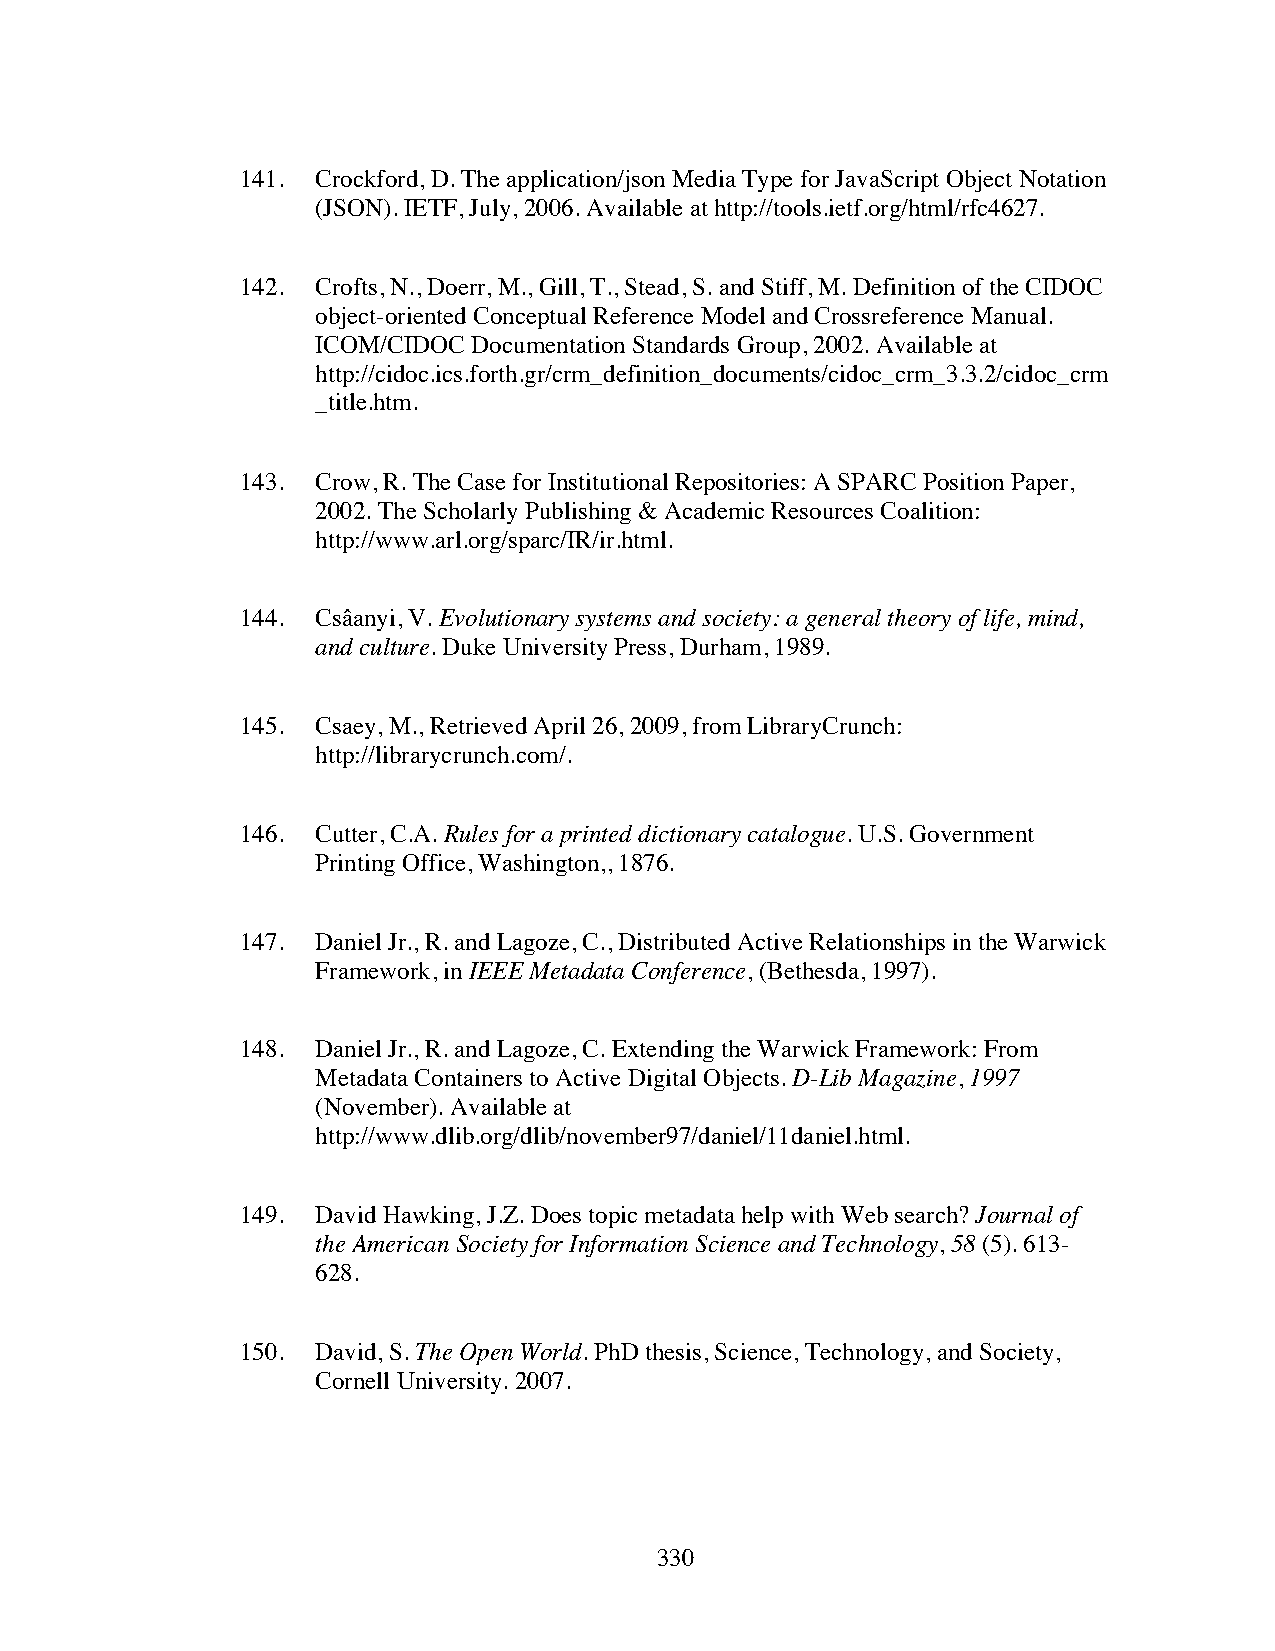
141. Crockford, D. The application/json Media Type for JavaScript Object Notation
 (JSON). IETF, July, 2006. Available at http://tools.ietf.org/html/rfc4627.
 142. Crofts, N., Doerr, M., Gill, T., Stead, S. and Stiff, M. Definition of the CIDOC
 object-oriented Conceptual Reference Model and Crossreference Manual.
 ICOM/CIDOC Documentation Standards Group, 2002. Available at
 http://cidoc.ics.forth.gr/crm_definition_documents/cidoc_crm_3.3.2/cidoc_crm
 _title.htm.
 143. Crow, R. The Case for Institutional Repositories: A SPARC Position Paper,
 2002. The Scholarly Publishing & Academic Resources Coalition:
 http://www.arl.org/sparc/IR/ir.html.
 144. Csâanyi, V. Evolutionary systems and society: a general theory of life, mind,
 and culture. Duke University Press, Durham, 1989.
 145. Csaey, M., Retrieved April 26, 2009, from LibraryCrunch:
 http://librarycrunch.com/.
 146. Cutter, C.A. Rules for a printed dictionary catalogue. U.S. Government
 Printing Office, Washington,, 1876.
 147. Daniel Jr., R. and Lagoze, C., Distributed Active Relationships in the Warwick
 Framework, in IEEE Metadata Conference, (Bethesda, 1997).
 148. Daniel Jr., R. and Lagoze, C. Extending the Warwick Framework: From
 Metadata Containers to Active Digital Objects. D-Lib Magazine, 1997
 (November). Available at
 http://www.dlib.org/dlib/november97/daniel/11daniel.html.
 149. David Hawking, J.Z. Does topic metadata help with Web search? Journal of
 the American Society for Information Science and Technology, 58 (5). 613-
 628.
 150. David, S. The Open World. PhD thesis, Science, Technology, and Society,
 Cornell University. 2007.
 330